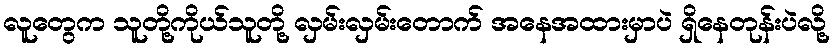
လူတွေက သူတို့ကိုယ်သူတို့ လှမ်းလှမ်းတောက် အနေအထားမှာပဲ ရှိနေတုန်းပဲလို့